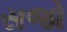
સજો